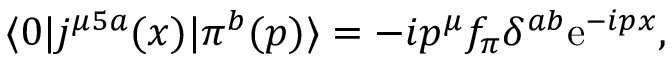
\langle 0 | j ^ { \mu 5 a } ( x ) | \pi ^ { b } ( p ) \rangle = - i p ^ { \mu } f _ { \pi } \delta ^ { a b } \mathrm { e } ^ { - i p x } ,